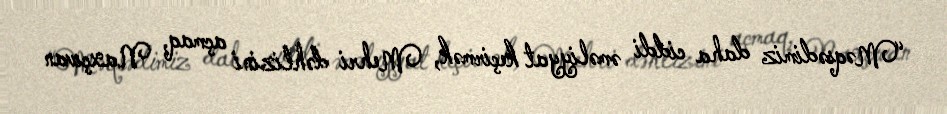
“Məqsədimiz daha ciddi əməliyyat keçirmək, Mehri dəhlizini açmaq, Naxçıvan